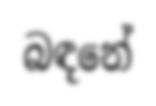
බඳනේ